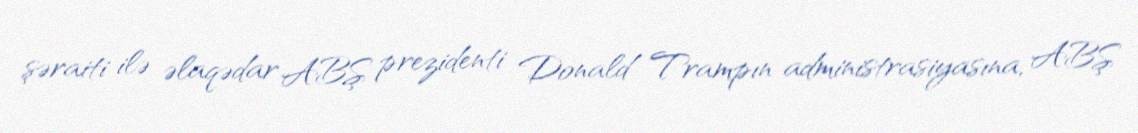
şəraiti ilə əlaqədar ABŞ prezidenti Donald Trampın administrasiyasına, ABŞ